On a parasite found in the white corpuscles of the blood of dogs - Number 14
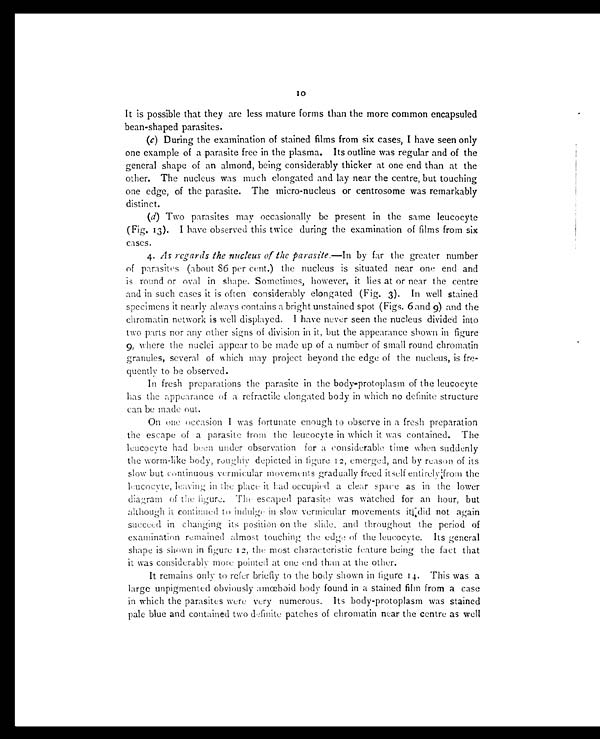
10
It is possible that they are less mature forms than the more common encapsuled
bean-shaped parasites.
(c) During the examination of stained films from six cases, I have seen only
one example of a parasite free in the plasma. Its outline was regular and of the
general shape of an almond, being considerably thicker at one end than at the
other. The nucleus was much elongated and lay near the centre, but touching
one edge, of the parasite. The micro-nucleus or centrosome was remarkably
distinct.
(d) Two parasites may occasionally be present in the same leucocyte
(Fig. 13). I have observed this twice during the examination of films from six
cases.
4. As regards the nucleus of the parasite. —In by far the greater number
of parasites (about 86 per cent.) the nucleus is situated near one end and
is round or oval in shape. Sometimes, however, it lies at or near the centre
and in such cases it is often considerably elongated (Fig. 3). In well stained
specimens it nearly always contains a bright unstained spot (Figs. 6 and 9) and the
chromatin network is well displayed. I have never seen the nucleus divided into
two parts nor any other signs of division in it, but the appearance shown in figure
9, where the nuclei appear to be made up of a number of small round chromatin
granules, several of which may project beyond the edge of the nucleus, is fre-
quently to be observed.
In fresh preparations the parasite in the body-protoplasm of the leucocyte
has the appearance of a refractile elongated body in which no definite structure
can be made out.
On one occasion I was fortunate enough to observe in a fresh preparation
the escape of a parasite from the leucocyte in which it was contained. The
leucocyte had been under observation for a considerable time when suddenly
the worm-like body, rou g hly depicted in figure 12, emerged, and by reason of its
slow but continuous vermicular movements gradually freed itself entirely from the
leucocyte, leaving in the place it had occupied a clear space as in the lower
diagram of the figure. The escaped parasite was watched for an hour, but
although it continued to indulge in slow vermicular movements it did not again
succeed in changing its position on the slide, and throughout the period of
examination remained almost touching the edge of the leucocyte. Its general
shape is shown in figure 12 , the most characteristic feature being the fact that
it was considerably more pointed at one end than at the other.
It remains only to refer briefly to the body shown in figure 14. This was a
large unpigmented obviously amœboid body found in a stained film from a case
in which the parasites were very numerous. Its body-protoplasm was stained
pale blue and contained two definite patches of chromatin near the centre as well